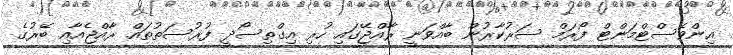
އިންވެސްޓްމަންޓް ފޯރަމް ސަރުކާރުން ބާއްވަނީ ރާއްޖޭގައި ހުރި އިގްތިސޯދީ ފުރުސަތުތައް ރާއްޖެއާއި ބޭރުގެ